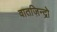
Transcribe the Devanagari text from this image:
वातज़िन्द्रो